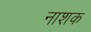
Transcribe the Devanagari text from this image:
नाश्‍ाक